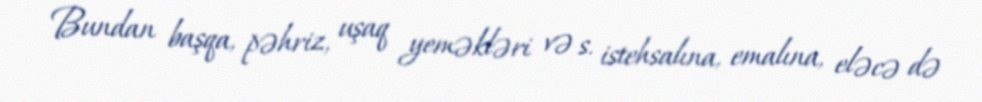
Bundan başqa, pəhriz, uşaq yeməkləri və s. istehsalına, emalına, eləcə də